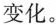
变化。